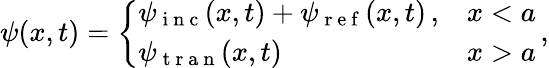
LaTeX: \psi(x,t)=\left\{ \begin{array}{ll}{\psi_{\mathrm{~i~n~c~}}(x,t)+\psi_{\mathrm{~r~e~f~}}(x,t)\, ,}&{x<a}\\ {\psi_{\mathrm{~t~r~a~n~}}(x,t)}&{x>a}\end{array}\right.\, ,